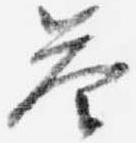
答